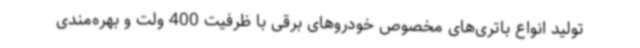
تولید انواع باتری‌های مخصوص خودروهای برقی با ظرفیت 400 ولت و بهره‌مندی